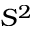
S ^ { 2 }